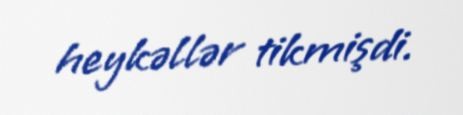
heykəllər tikmişdi.